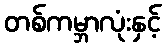
တစ်ကမ္ဘာလုံးနှင့်